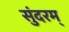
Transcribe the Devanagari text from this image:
सुंदरम्‌